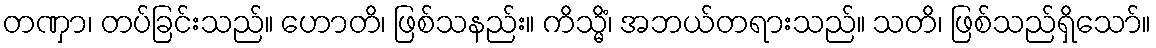
တဏှာ၊ တပ်ခြင်းသည်။ ဟောတိ၊ ဖြစ်သနည်း။ ကိသ္မိံ၊ အဘယ်တရားသည်။ သတိ၊ ဖြစ်သည်ရှိသော်။